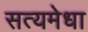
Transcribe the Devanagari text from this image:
सत्यमेधा